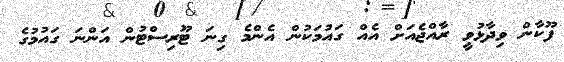
ފޫކާން ވިދާޅުވީ ރާއްޖެއަށް އެއް ގައުމަކުން އެންމެ ގިނަ ޓޫރިސްޓުން އަންނަ ގައުމުގެ